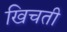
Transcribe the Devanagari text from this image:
खिचती